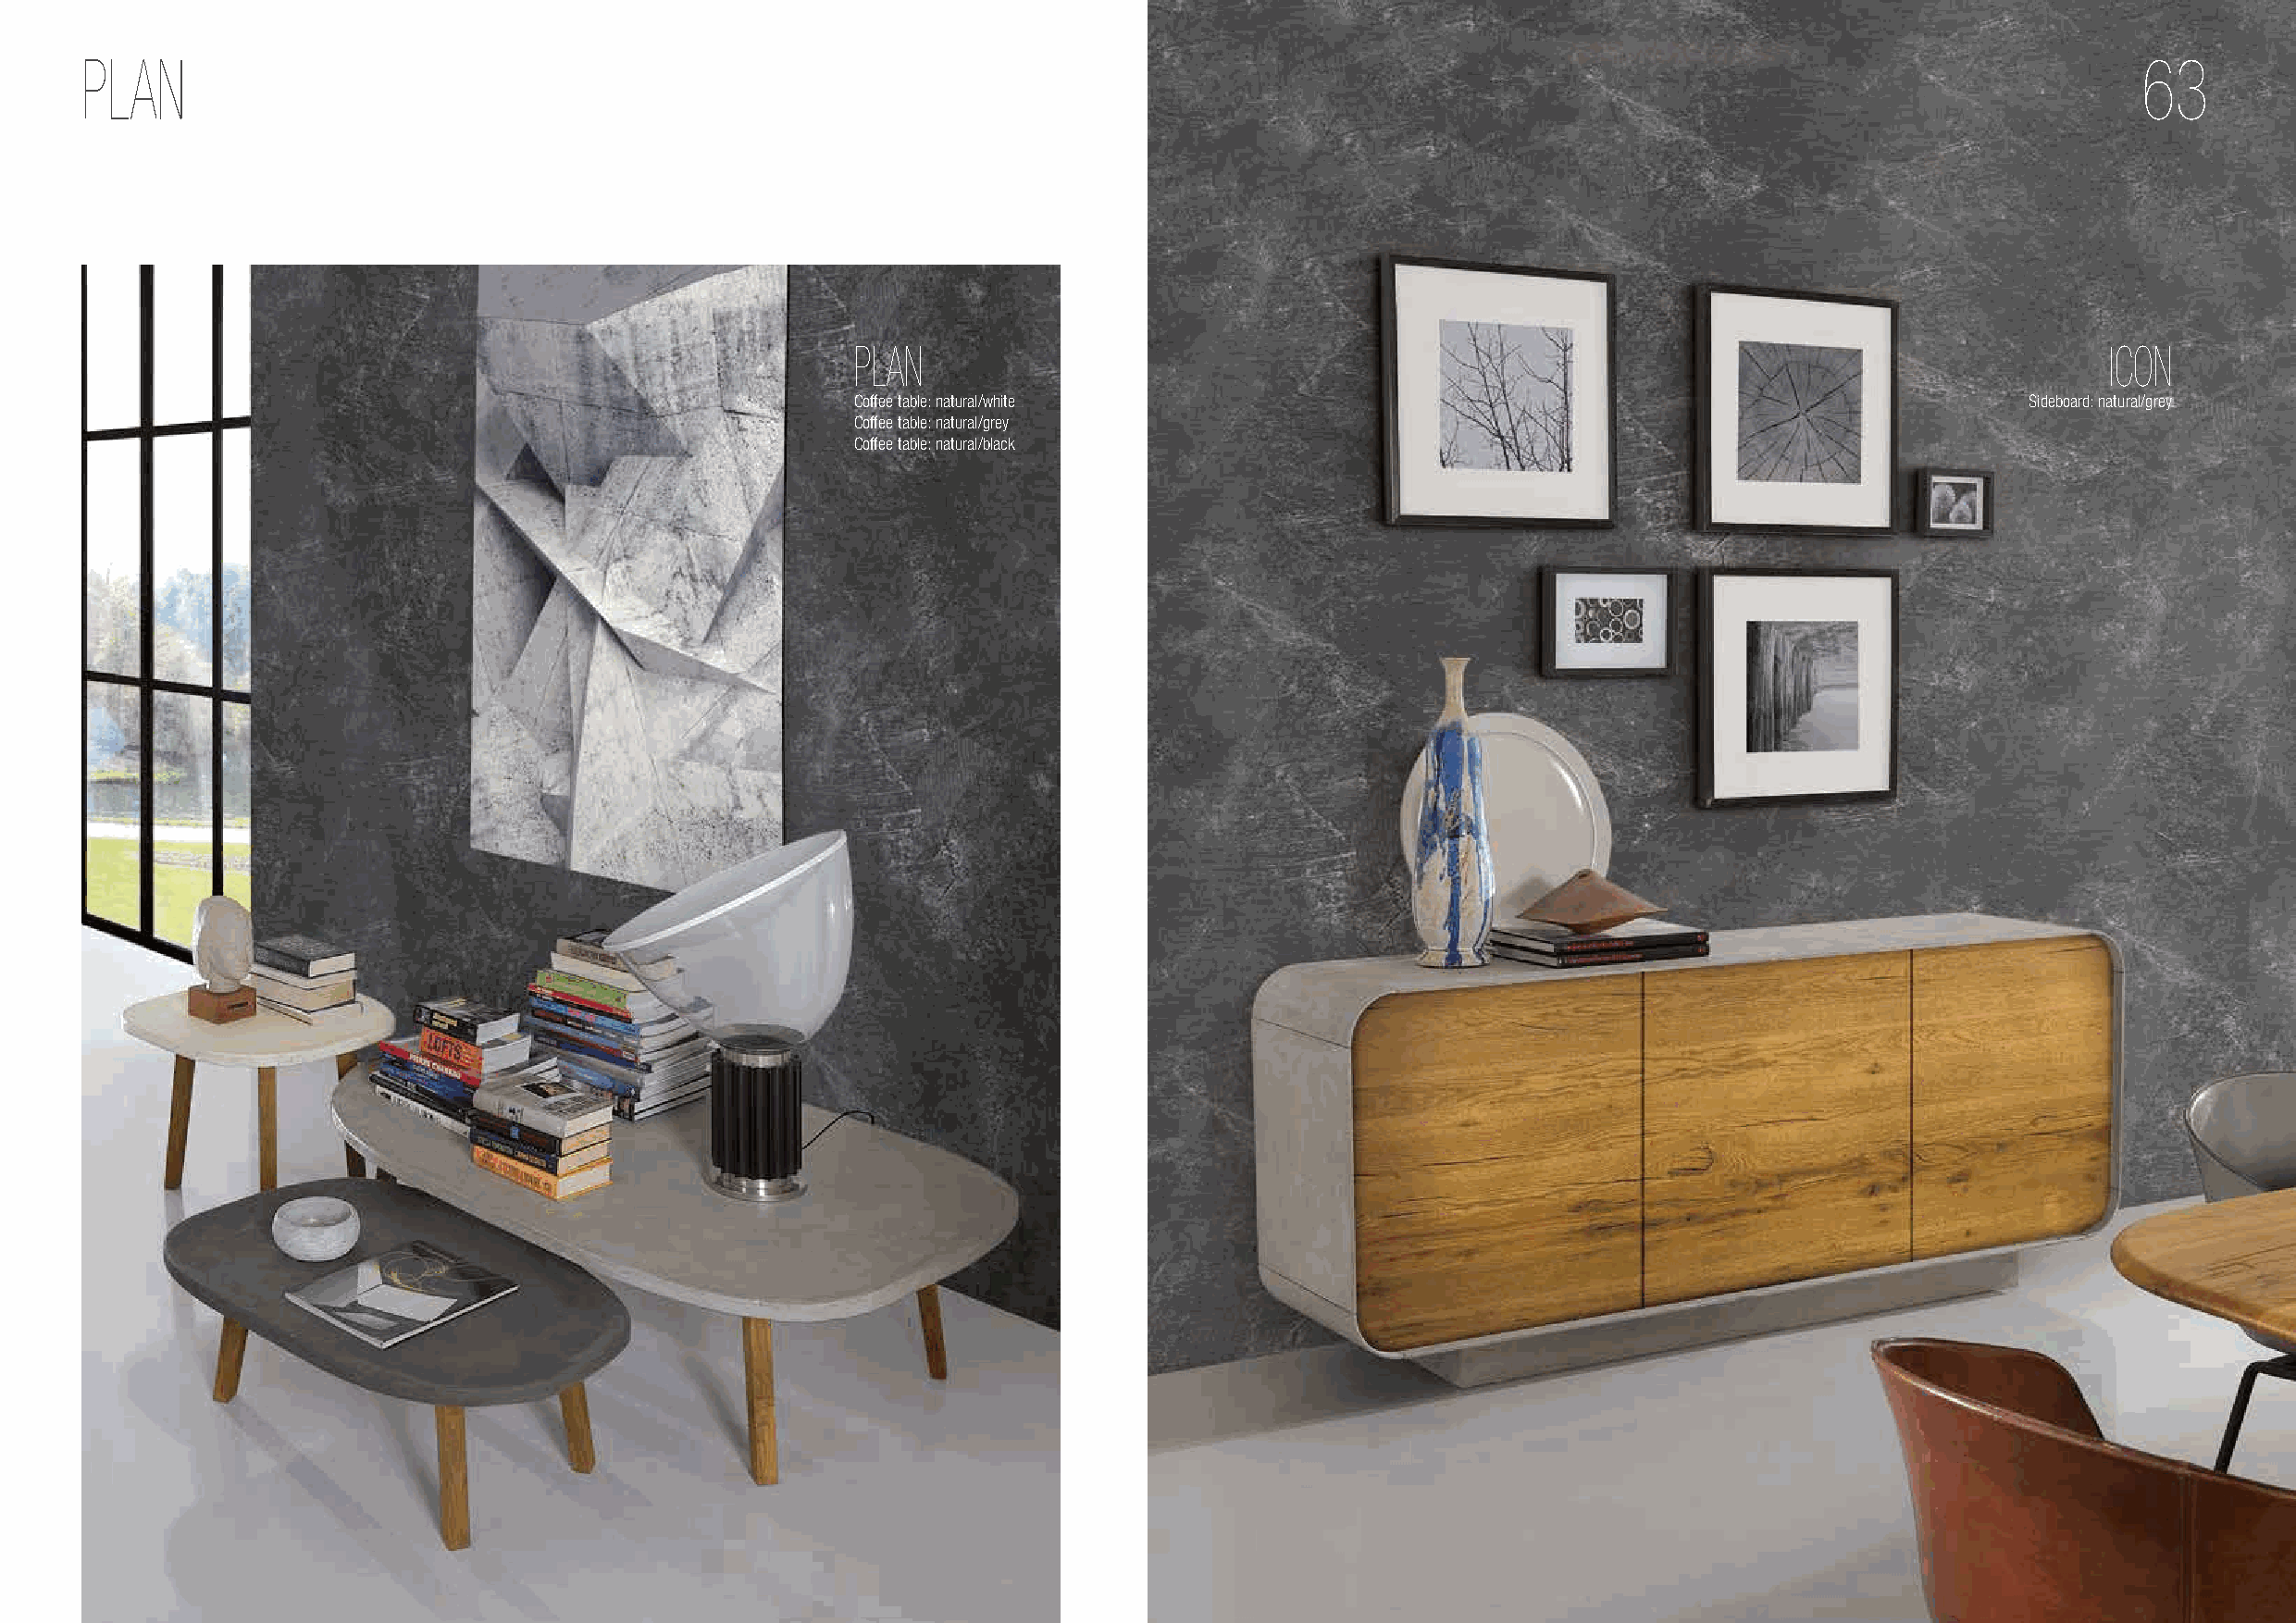
PLAN                                                                                                                                               63
 PLAN                                                                                      ICON
 Coffee table: natural/white                                                         Sideboard: natural/grey
 Coffee table: natural/grey
 Coffee table: natural/black